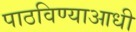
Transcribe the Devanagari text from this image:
पाठविण्याआधी